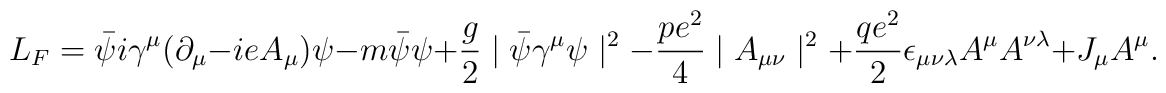
L_F=\bar\psi i\gamma^\mu (\partial_\mu-ieA_\mu)\psi -m\bar\psi\psi+{g\over 2}\mid\bar\psi\gamma^\mu\psi\mid^2 -{{pe^2}\over 4}\mid A_{\mu\nu}\mid^2+{{qe^2}\over 2}\epsilon_{\mu\nu\lambda}A^\mu A^{\nu\lambda}+J_\mu A^\mu.